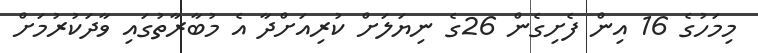
މިމަހުގެ 16 އިން ފެށިގެން 26ގެ ނިޔަލަށް ކުރިއަށްދާ އެ މުބާރާތުގައި ވާދަކުރުމަށް